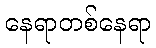
နေရာတစ်နေရာ